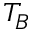
T _ { B }